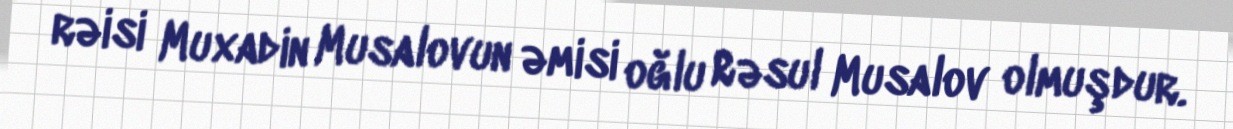
rəisi Muxadin Musalovun əmisi oğlu Rəsul Musalov olmuşdur.